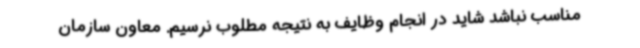
مناسب نباشد شاید در انجام وظایف به نتیجه مطلوب نرسیم. معاون سازمان